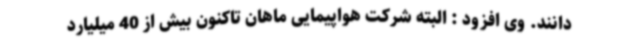
دانند. وی افزود : البته شرکت هواپیمایی ماهان تاکنون بیش از 40 میلیارد